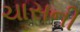
ચાસની